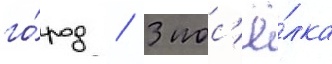
го́род / 3 пос'ё́лка